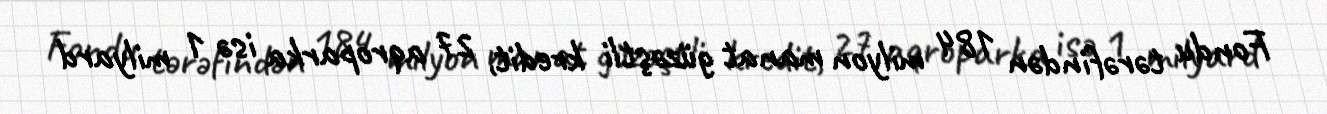
Fondu tərəfindən 184 milyon manat güzəştli kredit, 27 aqroparka isə 1 milyard